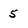
Character: 5